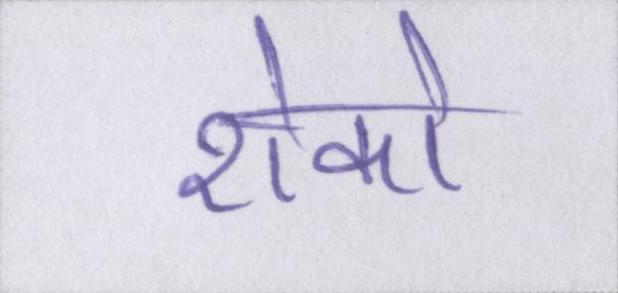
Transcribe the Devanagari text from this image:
रोको